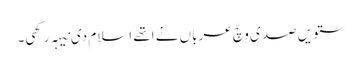
ستویں صدی وچّ عرباں نے اتھے اسلام دی نیہہ رکھی۔